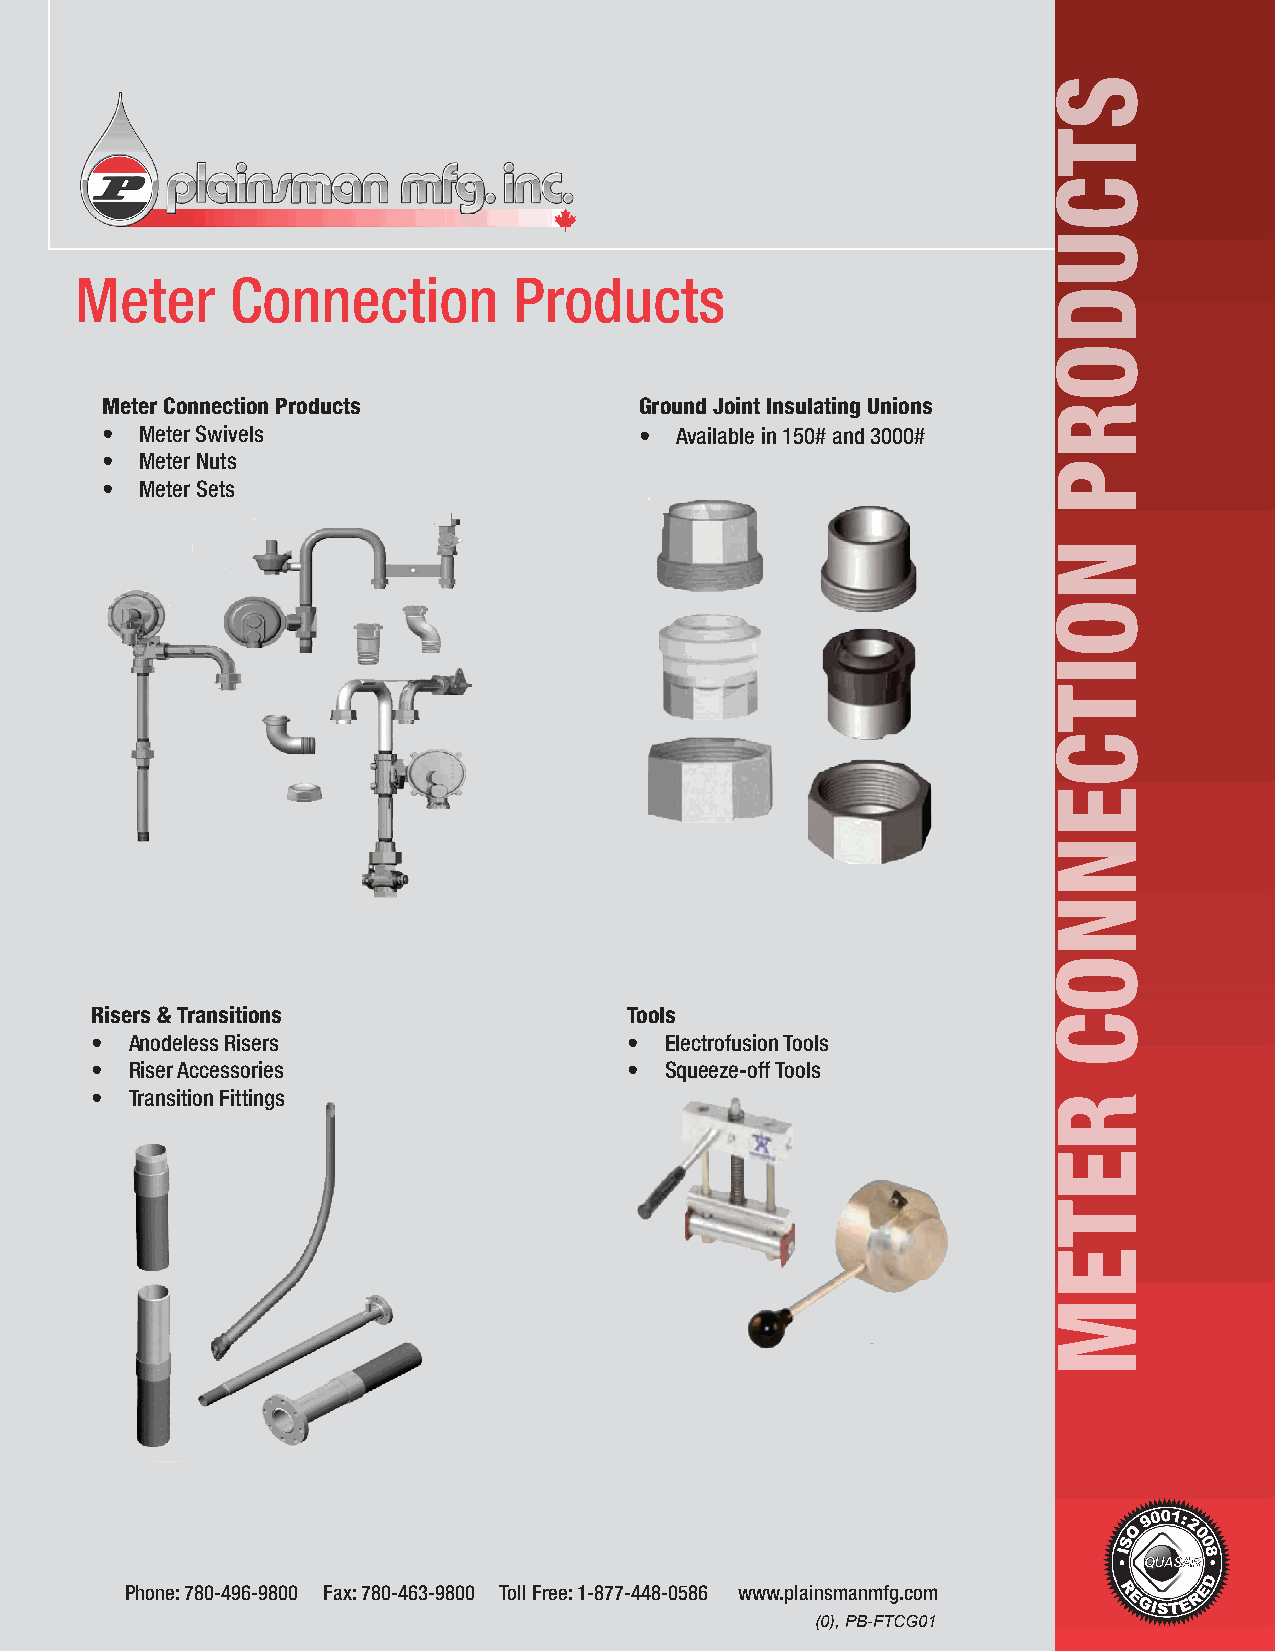
Meter     Connection         Products
 Meter Connection Products          Ground Joint Insulating Unions
 • Meter Swivels                    •  Available in 150# and 3000#
 • Meter Nuts
 • Meter Sets
 Risers & Transitions                Tools
 •  Anodeless Risers                 • Electrofusion Tools
 •  Riser Accessories                • Squeeze-off Tools
 •  Transition Fittings
 Phone: 780-496-9800 Fax: 780-463-9800 Toll Free: 1-877-448-0586 www.plainsmanmfg.com
 (0), PB-FTCG01
 STCUDORP
 NOITCENNOC
 RETEM